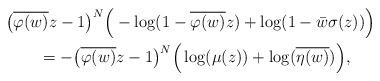
LaTeX: \begin{align*}&\big(\overline{\varphi(w)}z-1\big)^{N}\Big(-\log(1-\overline{\varphi(w)}z)+\log(1-\bar{w}\sigma(z))\Big) & \\&\qquad=-\big(\overline{\varphi(w)}z-1\big)^{N}\Big(\log(\mu(z))+\log(\overline{\eta(w)})\Big),\end{align*}